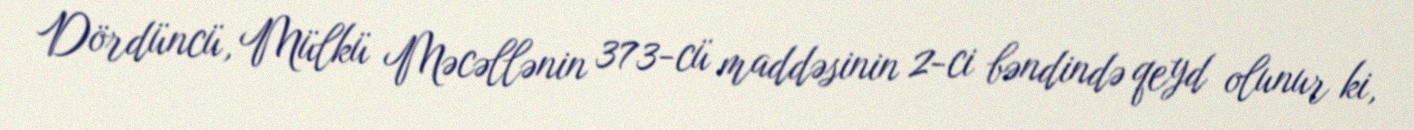
Dördüncü, Mülkü Məcəllənin 373-cü maddəsinin 2-ci bəndində qeyd olunur ki,